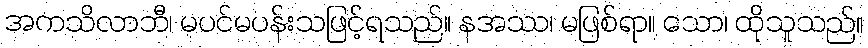
အကသိလာဘီ၊ မပင်မပန်းသဖြင့်ရသည်။ နအဿ၊ မဖြစ်ရာ။ သော၊ ထိုသူသည်။